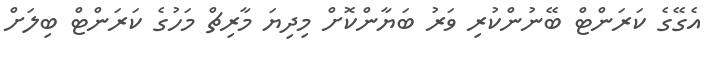
އެގޭގެ ކަރަންޓް ބޭނުންކުރި ވަރު ބަޔާންކޮށް މިިދިޔަ މާރިޗް މަހުގެ ކަރަންޓް ބިލަށް